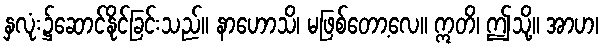
နှလုံး၌ဆောင်နိုင်ခြင်းသည်။ နာဟောသိ၊ မဖြစ်တော့လေ။ ဣတိ၊ ဤသို့။ အာဟ၊